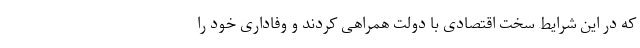
که در این شرایط سخت اقتصادی با دولت همراهی کردند و وفاداری خود را